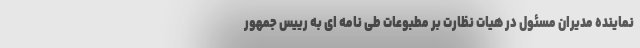
نماینده مدیران مسئول در هیات نظارت بر مطبوعات طی نامه ای به رییس جمهور